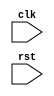
module my_module (
    input wire clk,
    input wire rst
);

reg [7:0] data;

always @(posedge clk, negedge rst) begin
    if (rst == 1'b0) begin
        // Reset behavior
        data <= 8'b0;
    end else begin
        // Sequential logic behavior
        data <= data + 1;
    end
end

endmodule